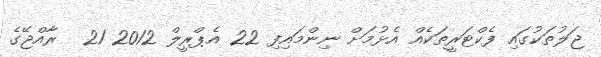
ޖަލުތަކުގައި ފެކްޓަރީތަކެއް އެޅުމަށް ނިންމައިފި 22 އެޕްރީލް 2012 21  ރާއްޖޭގެ